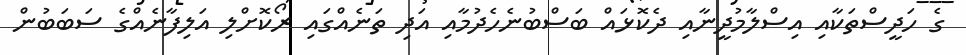
ގެ ހަދީސްތަކާއި އިސްލާމުދީނާއި ދެކޮޅައް ބަސްބުނެހެދުމާއި އަދި ތަނެއްގައި ރޯކޮށްލި އަލިފާނެއްގެ ސަބަބުން